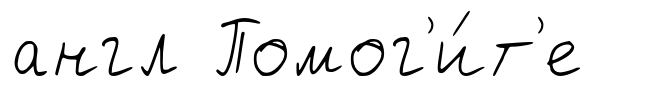
англ Помог'и́т'е